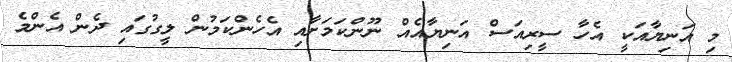
މި އަނިޔާއަކީ އެހާ ސީރިއަސް އަނިޔާއެއް ނޫންކަމަށާއި އެހެންކަމުން ލީގުގައި ދެން އެންމެ